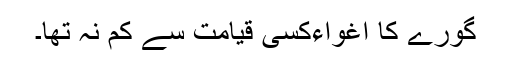
گورے کا اغواءکسی قیامت سے کم نہ تھا۔